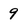
Character: 9